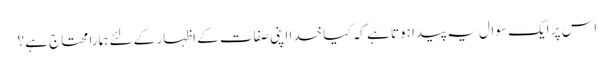
اس پر ایک سوال یہ پیدا ہوتا ہے کہ کیا خدا اپنی صفات کے اظہار کے لئے ہمارا محتاج ہے؟